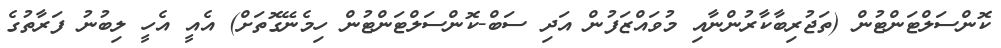
ކޮންސަލްޓަންޓުން (ތަޖުރިބާކާރުންނާއި މުވައްޒަފުން އަދި ސަބް-ކޮންސަލްޓަންޓުން ހިމެނޭގޮތަށް) އެއީ އެހީ ލިބުނު ފަރާތުގެ